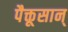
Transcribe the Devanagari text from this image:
पैक्तूसान्